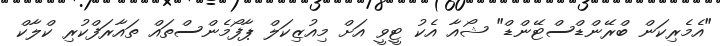
"އެމެރިކަން ބްރޭންޑްސްޓޭންޑް" ޝޯއާ އެކު ޓީވީ އަށް މިއުޒިކަލް ޕާފޯމެންސްތައް ތައާރަފްކުރި ކްލާކް